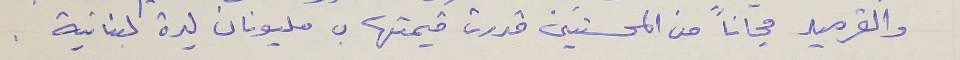
والقرميد مجاناً من المحسنين قدرت قيمتها بـ مليونان ليرة لبنانية .